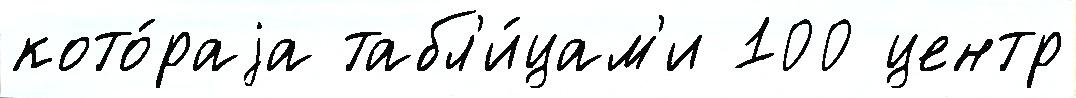
кото́раjа табл'и́цам'и 100 центр